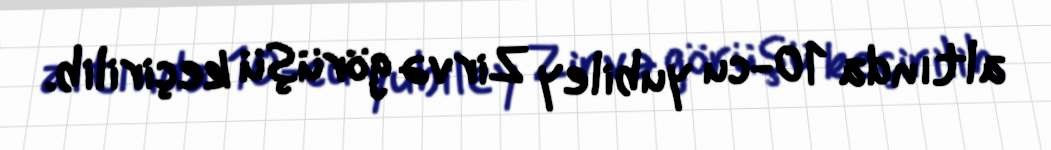
altında 10-cu yubiley Zirvə görüşü keçirilib.